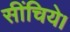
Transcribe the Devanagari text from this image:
सींचिये।